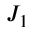
J _ { 1 }